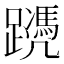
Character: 𨆱